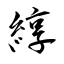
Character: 綧